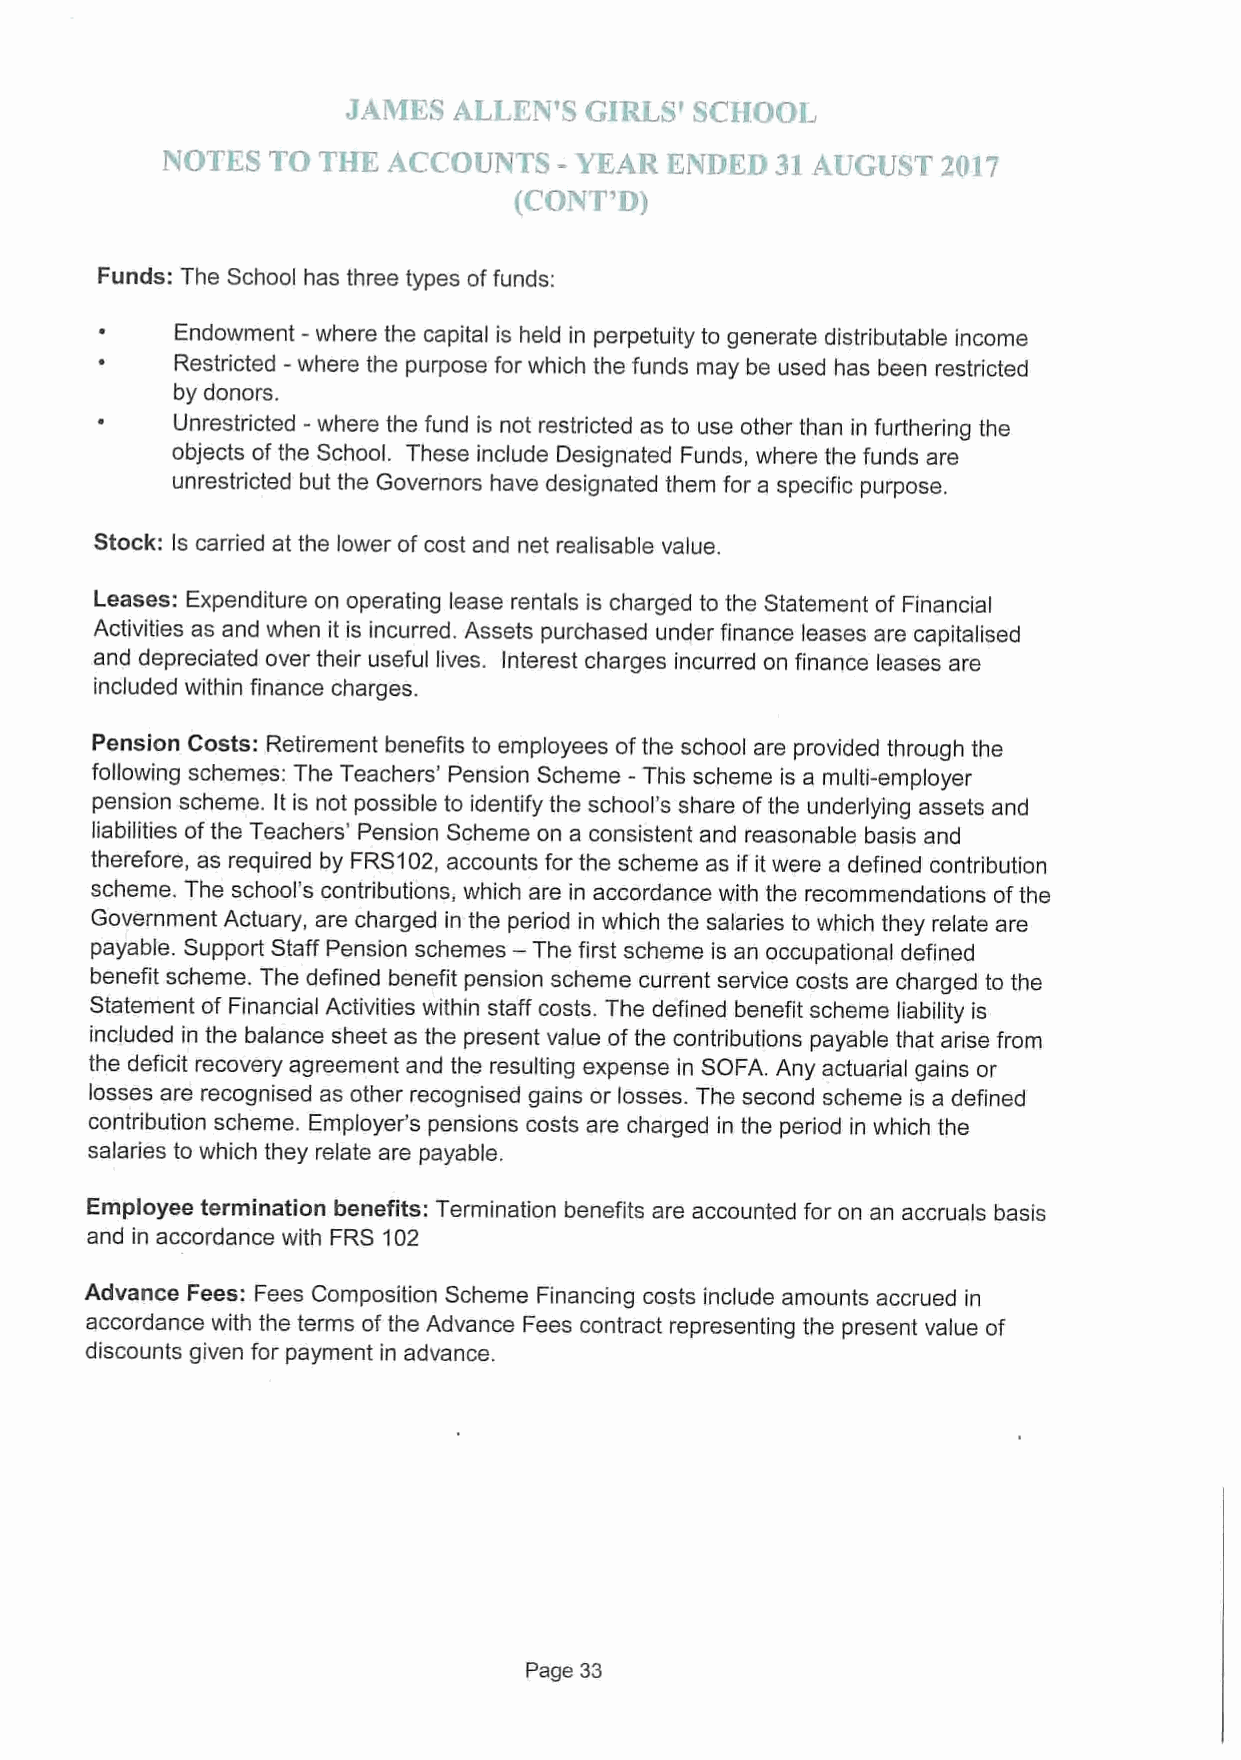
NOTES  T9 THK  ACCOUNT'   - YKAR EI~IDEl" 33 AiiGU&T 2037
 (. ONX'0)
 Funds: The School has three types offunds:
 -
 Endowment where the capital is held in perpetuity to generate distributable income
 -
 Restricted where the purpose for which the funds may be used has been restricted
 by donors.
 -
 Unrestricted where the fund is not restricted as to use other than in furthering the
 objects ofthe School. These include Designated Funds, where the funds are
 unrestricted but the Governors have designated them for a specific purpose.
 Stock: Is carried at the lower of cost and net realisable value.
 Leases".
 Expenditure on operating lease rentals is charged to the Statement of Financial
 Activities as and when it is incurred. Assets purchased under finance leases are capitalised
 and depreciated over their useful lives. Interest charges incurred on finance leases are
 included within finance charges.
 Pension Costs: Retirement benefits to employees ofthe school are provided through the
 following schemes: The Teachers' Pension Scheme - This scheme is a multi-employer
 pension scheme. It is not possible to identify the school's share ofthe underlying assets and
 liabilities ofthe Teachers' Pension Scheme on a consistent and reasonable basis and
 therefore, as required by FRS102, accounts for the scheme as if it were a defined contribution
 scheme. The school's contributions, which are in accordance with the recommendations ofthe
 Government Actuary, are charged in the period in which the salaries to which they relate are
 —
 payable. Support Staff Pension schemes The first scheme is an occupational defined
 benefit scheme. The defined benefit pension scheme current service costs are charged to the
 Statement of Financial Activities within staff costs. The defined benefit scheme liability is
 included in the balance sheet as the present value of the contributions payable that arise from
 the deficit recovery agreement and the resulting expense in SOFA. Any actuarial gains or
 losses are recognised as other recognised gains or losses. The second scheme is a defined
 contribution scheme. Employer's pensions costs are charged in the period in which the
 salaries to which they relate are payable.
 Employee termination benefits: Termination benefits are accounted for on an accruals basis
 and in accordance with FRS 102
 Advance Fees: Fees Composition Scheme Financing costs include amounts accrued in
 accordance with the terms ofthe Advance Fees contract representing the present value of
 discounts given for payment in advance.
 Page 33